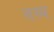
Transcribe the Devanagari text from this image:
तय्य